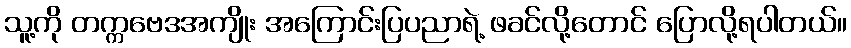
သူ့ကို တက္ကဗေဒအကျိုး အကြောင်းပြပညာရဲ့ ဖခင်လို့တောင် ပြောလို့ရပါတယ်။